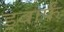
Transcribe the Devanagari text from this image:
ड्वार्फं